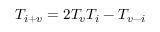
T _ { i + v } = 2 T _ { v } T _ { i } - T _ { v - i }